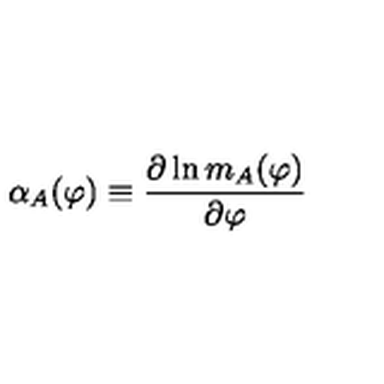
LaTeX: \alpha _ { A } ( \varphi ) \equiv { \frac { \partial \ln m _ { A } ( \varphi ) } { \partial \varphi } }